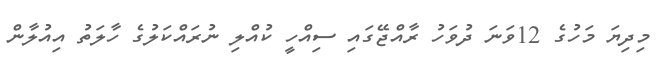
މިދިޔަ މަހުގެ 12ވަނަ ދުވަހު ރާއްޖޭގައި ސިއްހީ ކުއްލި ނުރައްކަލުގެ ހާލަތު އިއުލާން